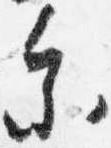
参